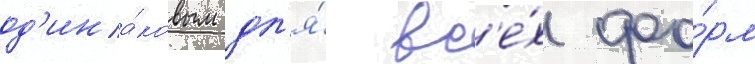
од'ина́ковым дл'я́ вс'е́х фо́рм